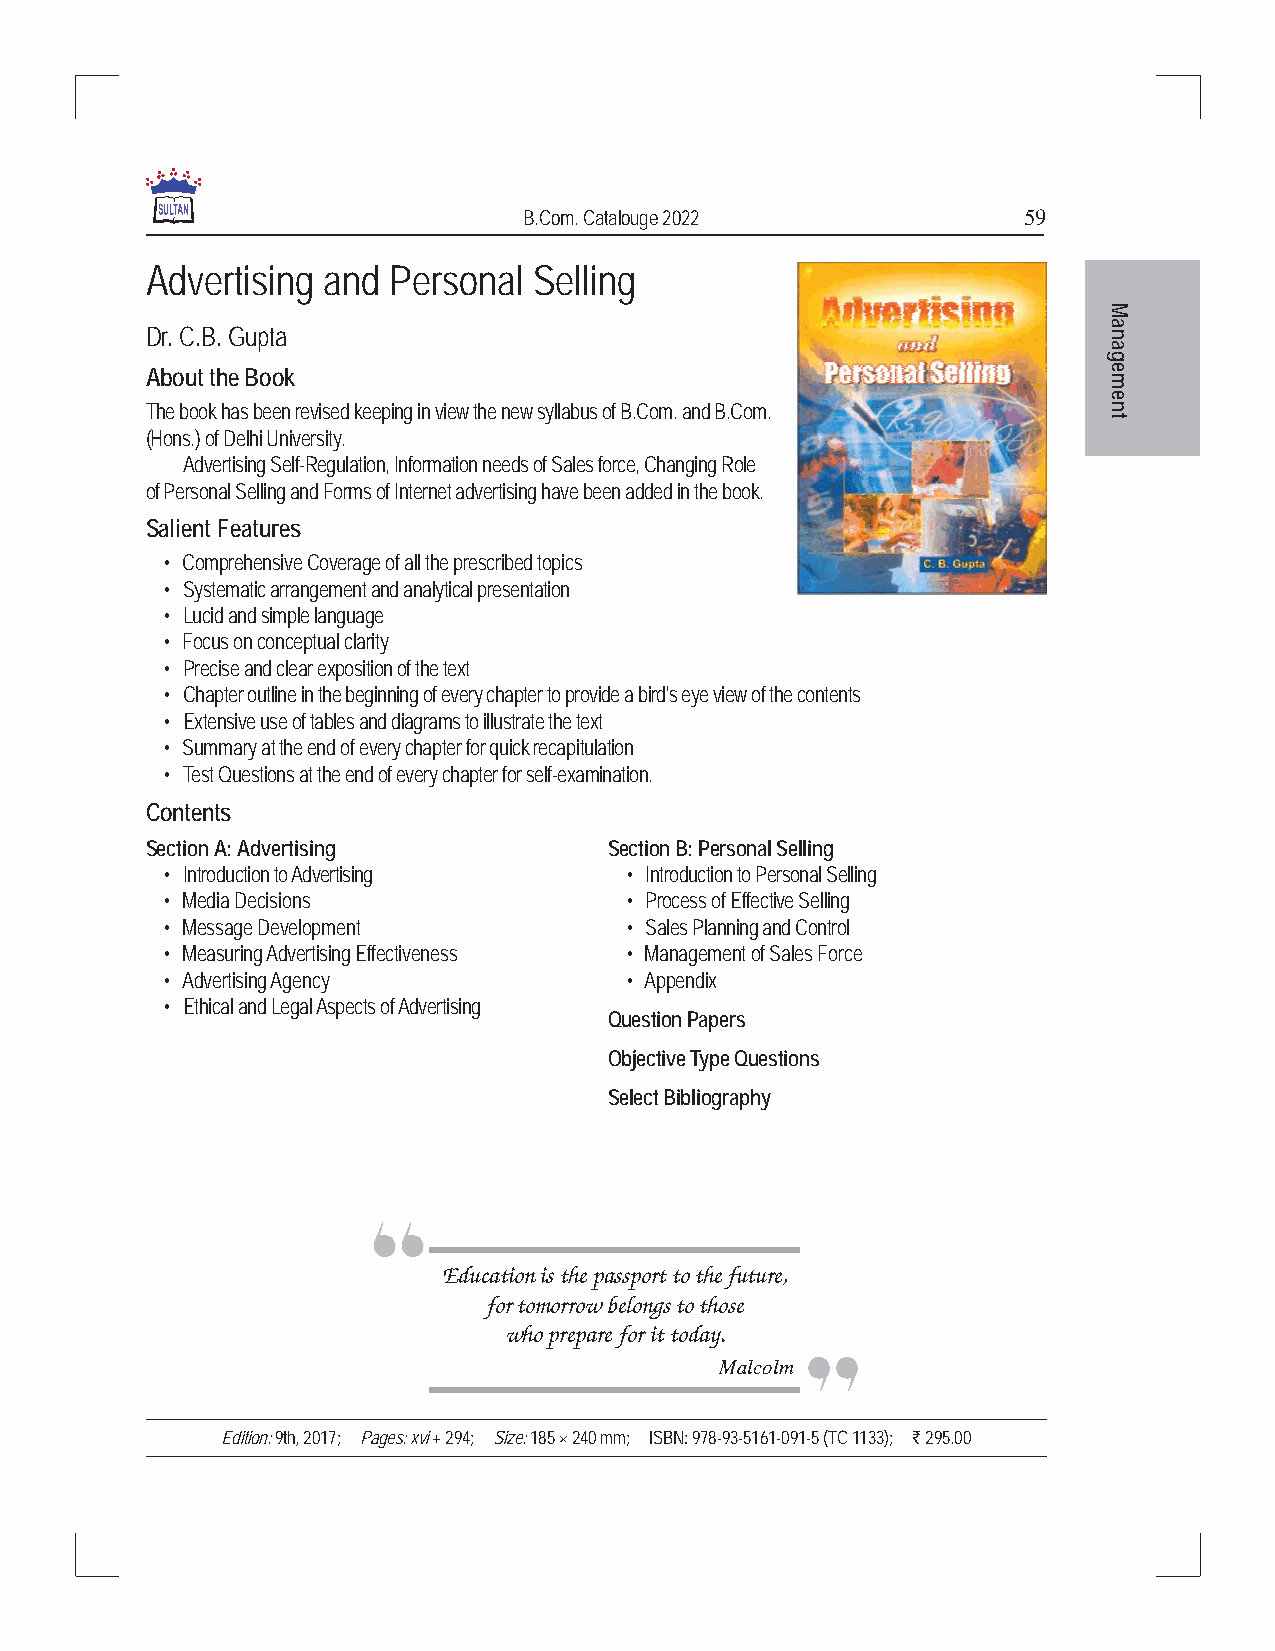
B.Com. Catalouge 2022            59
 Advertising and Personal Selling
 M
 Dr. C.B. Gupta                                                 na
 a
 g
 About the Book                                                 e
 m
 e
 The book has been revised keeping in view the new syllabus of B.Com. and B.Com. n
 t
 (Hons.) of Delhi University.
 Advertising Self-Regulation, Information needs of Sales force, Changing Role
 of Personal Selling and Forms of Internet advertising have been added in the book.
 Salient Features
 • Comprehensive Coverage of all the prescribed topics
 • Systematic arrangement and analytical presentation
 • Lucid and simple language
 • Focus on conceptual clarity
 • Precise and clear exposition of the text
 • Chapter outline in the beginning of every chapter to provide a bird's eye view of the contents
 • Extensive use of tables and diagrams to illustrate the text
 • Summary at the end of every chapter for quick recapitulation
 • Test Questions at the end of every chapter for self-examination.
 Contents
 Section A: Advertising        Section B: Personal Selling
 • Introduction to Advertising • Introduction to Personal Selling
 • Media Decisions             • Process of Effective Selling
 • Message Development         • Sales Planning and Control
 • Measuring Advertising Effectiveness • Management of Sales Force
 • Advertising Agency          • Appendix
 • Ethical and Legal Aspects of Advertising
 Question Papers
 Objective Type Questions
 Select Bibliography
 Education is the passport to the future,
 for tomorrow belongs to those
 who prepare for it today.
 Malcolm
 Edition: 9th, 2017; Pages: xvi + 294; Size: 185 × 240 mm; ISBN: 978-93-5161-091-5 (TC 1133); ` 295.00